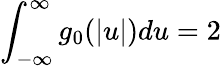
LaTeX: \int_{-\infty}^{\infty}g_{0}(|u|)du=2